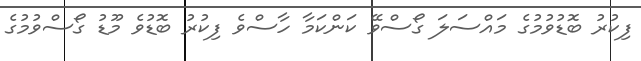
ފިކުރު ބޮޑުވުމުގެ މައްސަލަ ގޯސްވޭ ކަންކަމާ ހާސްވެ ފިކުރު ބޮޑުވެ މޫޑު ގޯސްވުމުގެ